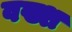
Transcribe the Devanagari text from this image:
वख्श